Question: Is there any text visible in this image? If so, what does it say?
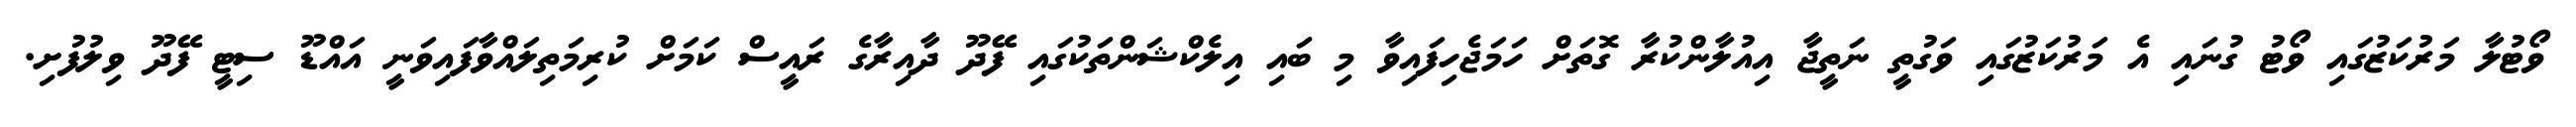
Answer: ވޯޓުލާ މަރުކަޒުގައި ވޯޓު ގުނައި އެ މަރުކަޒުގައި ވަގުތީ ނަތީޖާ އިއުލާންކުރާ ގޮތަށް ހަމަޖެހިފައިވާ މި ބައި އިލެކްޝަންތަކުގައި ފޭދޫ ދާއިރާގެ ރައީސް ކަމަށް ކުރިމަތިލައްވާފައިވަނީ އައްޑޫ ސިޓީ ފޭދޫ ވިލުފުށި.